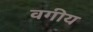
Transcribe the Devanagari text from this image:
वगीय